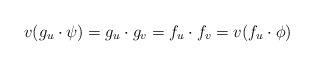
LaTeX: \begin{align*} v(g_u\cdot \psi)=g_u\cdot g_v=f_u\cdot f_v=v(f_u\cdot \phi) \end{align*}